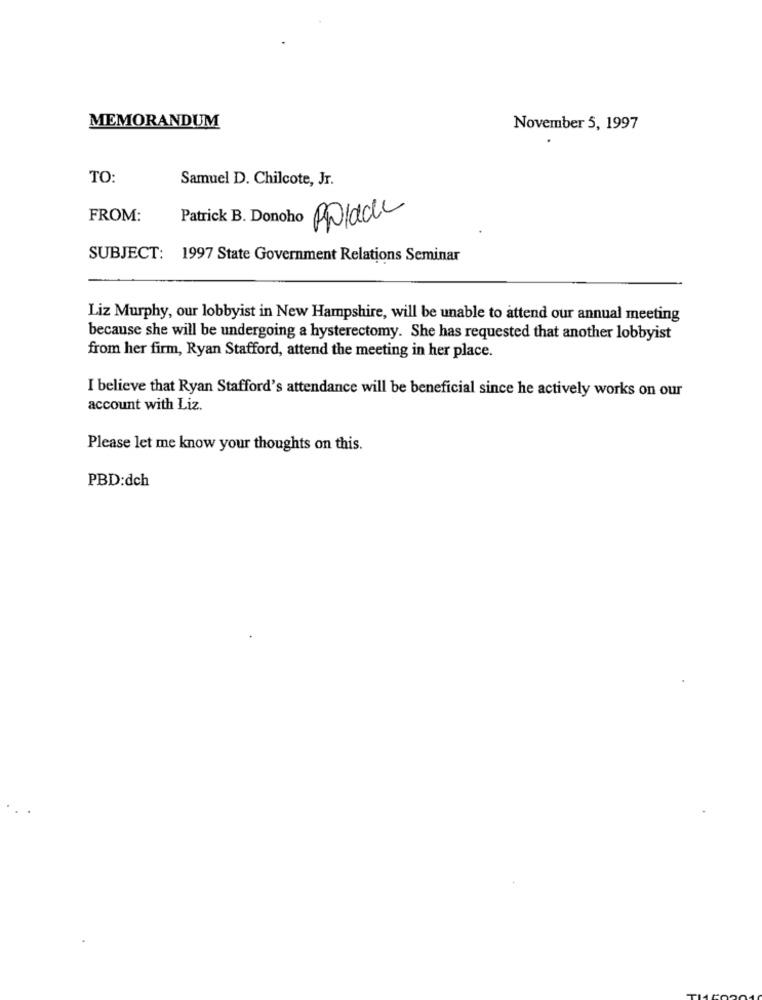
MEMORANDUM
November 5, 1997
TO:
Samuel D. Chilcote, Jr.
FROM:
Patrick B. Donoho
SUBJECT: 1997 State Government Relations Seminar
Liz Murphy, our lobbyist in New Hampshire, will be unable to attend our annual meeting
because she will be undergoing a hysterectomy. She has requested that another lobbyist
from her firm, Ryan Stafford, attend the meeting in her place.
I believe that Ryan Stafford's attendance will be beneficial since he actively works on our
account with Liz.
Please let me know your thoughts on this.
PBD:dch